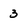
Character: 3